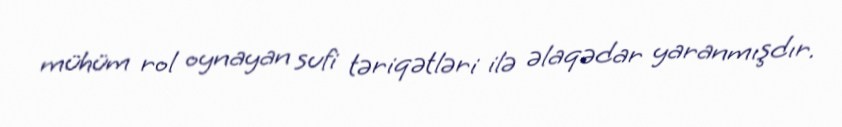
mühüm rol oynayan sufi təriqətləri ilə əlaqədar yaranmışdır.